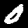
Digit: 0